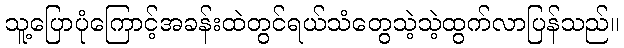
သူ့ပြောပုံကြောင့်အခန်းထဲတွင်ရယ်သံတွေသဲ့သဲ့ထွက်လာပြန်သည်။